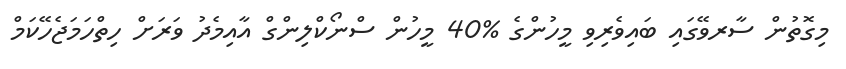
މިގޮތުން ސާރވޭގައި ބައިވެރިވި މީހުންގެ %40 މީހުން ސްނޯކްލިންގް އާއިމެދު ވަރަށް ހިތްހަމަޖެހޭކަމް